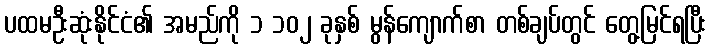
ပထမဦးဆုံးနိုင်ငံ၏ အမည်ကို ၁ ၁၀၂ ခုနှစ် မွန်ကျောက်စာ တစ်ချပ်တွင် တွေ့မြင်ရပြီး